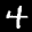
Label: 4